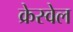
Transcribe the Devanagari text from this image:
क्रेस्वेल